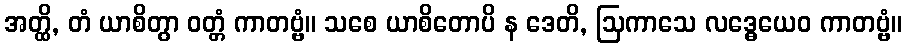
အတ္ထိ, တံ ယာစိတွာ ဝတ္တံ ကာတဗ္ဗံ။ သစေ ယာစိတောပိ န ဒေတိ, ဩကာသေ လဒ္ဓေယေဝ ကာတဗ္ဗံ။